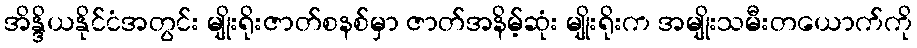
အိန္ဒိယနိုင်ငံအတွင်း မျိုးရိုးဇာတ်စနစ်မှာ ဇာတ်အနိမ့်ဆုံး မျိုးရိုးက အမျိုးသမီးတယောက်ကို